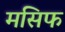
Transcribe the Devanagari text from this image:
मसिफ